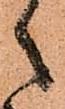
之